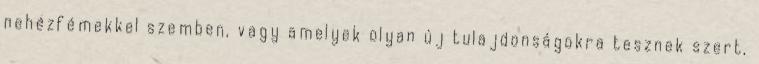
nehézfémekkel szemben, vagy amelyek olyan új tulajdonságokra tesznek szert,